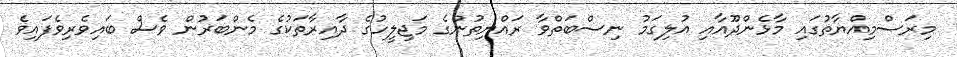
މިރަސްމިއްޔާތުގައި މާޅެންދޫއާއި އުލިގަމު ނިސްބަތްވާ ރައްޔިތުންގެ މަޖިލީހުގެ ދާއިރާތަކުގެ މެންބަރުން ވެސް ބައިވެރިވެފައިވެ